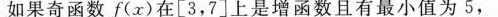
如果奇函数f(x)在[3，7]上是增函数且有最小值为5，